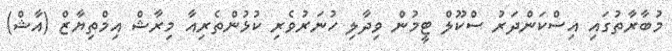
މުބާރާތުގައި އިސްކަންދަރު ސްކޫލް ޓީމުން ވިދާލި ހުނަރުވެރި ކުޅުންތެރިއާ މިރާޝް އިމްތިޔާޒް (އާޝް)